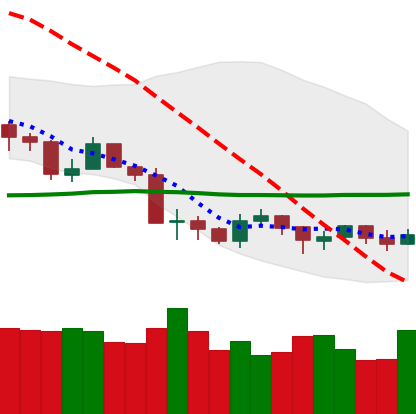
Ticker: LTC-USD
Chart end date: 2019-08-26
Forward return: -12.566%
Label: down_7plus